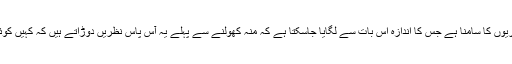
حالانکہ انہیں کافی دشواریوں کا سامنا ہے جس کا اندازہ اس بات سے لگایا جاسکتا ہے کہ منہ کھولنے سے پہلے یہ آس پاس نظریں دوڑاتے ہیں کہ کہیں کوئی ان کی بات سن نہ لے۔